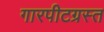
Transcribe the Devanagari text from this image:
गारपीटग्रस्त